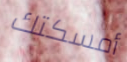
أمسكتك